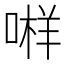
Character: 𱓫